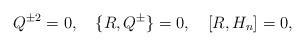
LaTeX: \begin{align*}Q^{\pm 2}=0,\quad\{R,Q^\pm\}=0,\quad [R,H_n]=0,\end{align*}